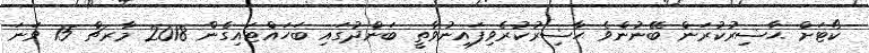
ކޯޓަށް ޙާޟިރުކުރަން ބޭނުންވެ ޙާޟިރުކުރެވިފައިނުވާތީ ބަންދުގައި ބަހައްޓައިގެން 2018 މާރޗް 15 ވަނަ